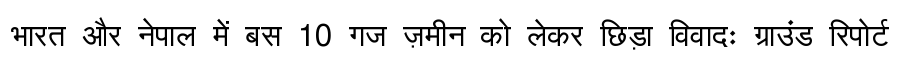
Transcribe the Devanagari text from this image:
भारत और नेपाल में बस 10 गज ज़मीन को लेकर छिड़ा विवादः ग्राउंड रिपोर्ट